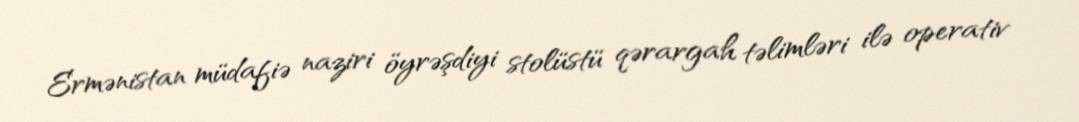
Ermənistan müdafiə naziri öyrəşdiyi stolüstü qərargah təlimləri ilə operativ